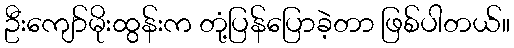
ဦးကျော်မိုးထွန်းက တုံ့ပြန်ပြောခဲ့တာ ဖြစ်ပါတယ်။